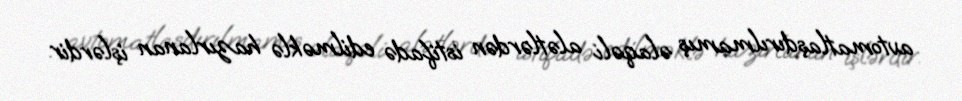
avtomatlaşdırılmamış əlaqəli alətlərdən istifadə edilməklə hazırlanan işlərdir.